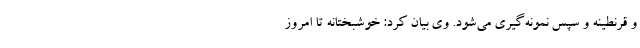
و قرنطینه و سپس نمونه‌گیری می‌شود. وی بیان کرد: خوشبختانه تا امروز